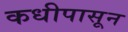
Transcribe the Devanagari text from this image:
कधीपासून